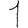
Digit: 1